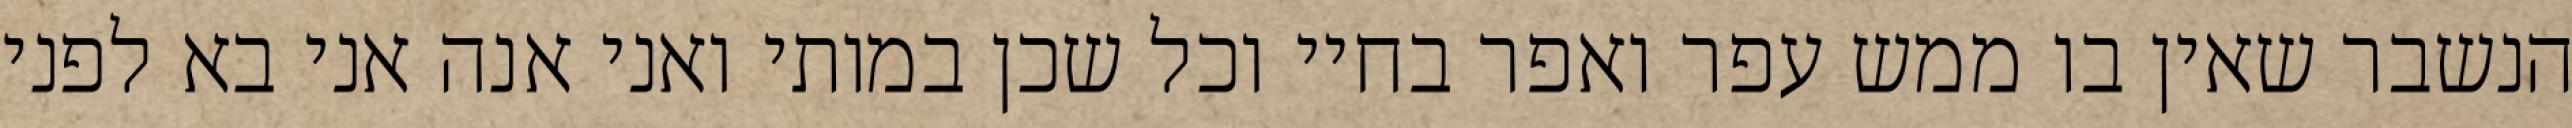
הנשבר שאין בו ממש עפר ואפר בחיי וכל שכן במותי ואני אנה אני בא לפני